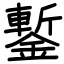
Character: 鏨